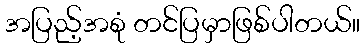
အပြည့်အစုံ တင်ပြမှာဖြစ်ပါတယ်။